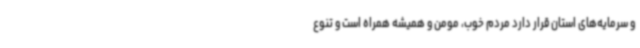
و سرمایه‌های استان قرار دارد مردم خوب، مومن و همیشه همراه است و تنوع